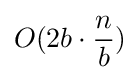
O(2b\cdot {n \over b})